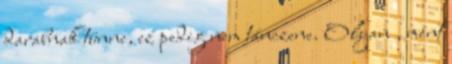
darabnak tünne, ez pedig nem tánczene. Olyan , mint